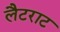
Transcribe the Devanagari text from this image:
लैटराट